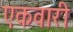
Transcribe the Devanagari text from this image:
एकवारी